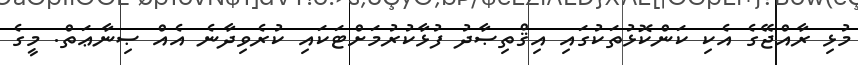
މުޅި ރާއްޖޭގެ އެކި ކަންކޮޅުތަކުގައި އިޤްތިޞާދު ފުޅާކުރުމަށްޓަކައި ކުރެވިދާނެ އެއް ޞިނާޢަތް. މީގެ